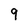
Character: 9